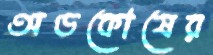
অণ্ডকোষের